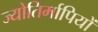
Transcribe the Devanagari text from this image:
ज्योतिर्मापियों